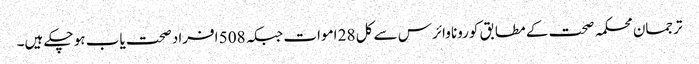
ترجمان محکمہ صحت کے مطابق کورونا وائرس سے کل 28 اموات جبکہ 508 افراد صحت یاب ہو چکے ہیں۔